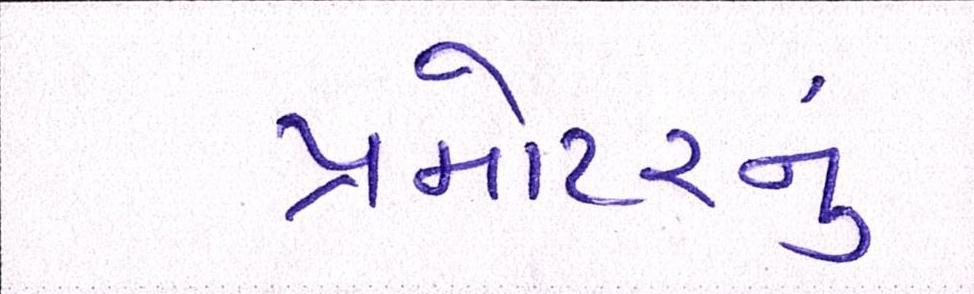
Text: પ્રમોટરનું